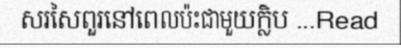
សរសៃពួរនៅពេលប៉ះជាមួយក្លិប ...Read